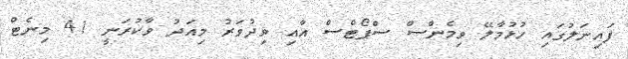
ފައިނަލުގައި ހުޅުމާލޭ ވިމެންސް ސްޕޯޓްސް އާއި ވިދުވަރު މިއަދު ވާކުރަނީ 41 މިނެޓް